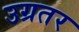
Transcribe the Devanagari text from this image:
उग्रतर